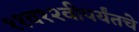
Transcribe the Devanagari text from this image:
११व१२वीपर्यंतचे